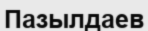
Пазылдаев